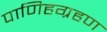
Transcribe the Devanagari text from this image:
पाणिहग्रहण